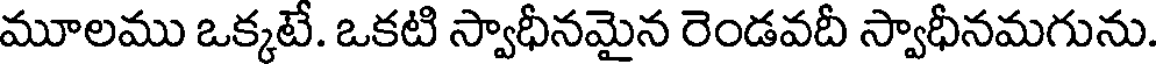
మూలము ఒక్కటే. ఒకటి స్వాధీనమైన రెండవదీ స్వాధీనమగును